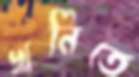
খনিতে